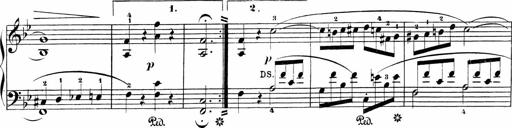
Title: Sonatinas
Composer: Andrew Violette